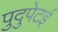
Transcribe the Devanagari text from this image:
पुदुपेटई